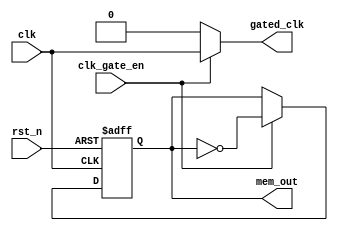
module clk_gating_memory_block (
    input wire clk,            // Main clock input
    input wire clk_gate_en,   // Clock gating enable signal
    input wire rst_n,         // Active-low reset signal
    output wire gated_clk,     // Gated clock output
    output wire mem_out        // Memory operation output (for illustration)
);

// Simple example memory operation (could be read/write logic)
reg mem_reg;
assign mem_out = mem_reg;

// Clock Gating Logic
always @(posedge clk or negedge rst_n) begin
    if (!rst_n) begin
        mem_reg <= 1'b0;  // Reset memory register
    end else if (clk_gate_en) begin
        mem_reg <= ~mem_reg; // Toggle memory register on gated clock
    end
end

// Transistor-level clock gating implementation using gate level primitives
assign gated_clk = (clk_gate_en) ? clk : 1'b0; // Block/Allow clock based on clk_gate_en

endmodule